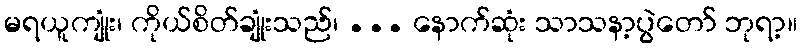
မရယူကျုံး၊ ကိုယ်စိတ်ချုံးသည်၊ ... နောက်ဆုံး သာသနာ့ပွဲတော် ဘုရာ့။